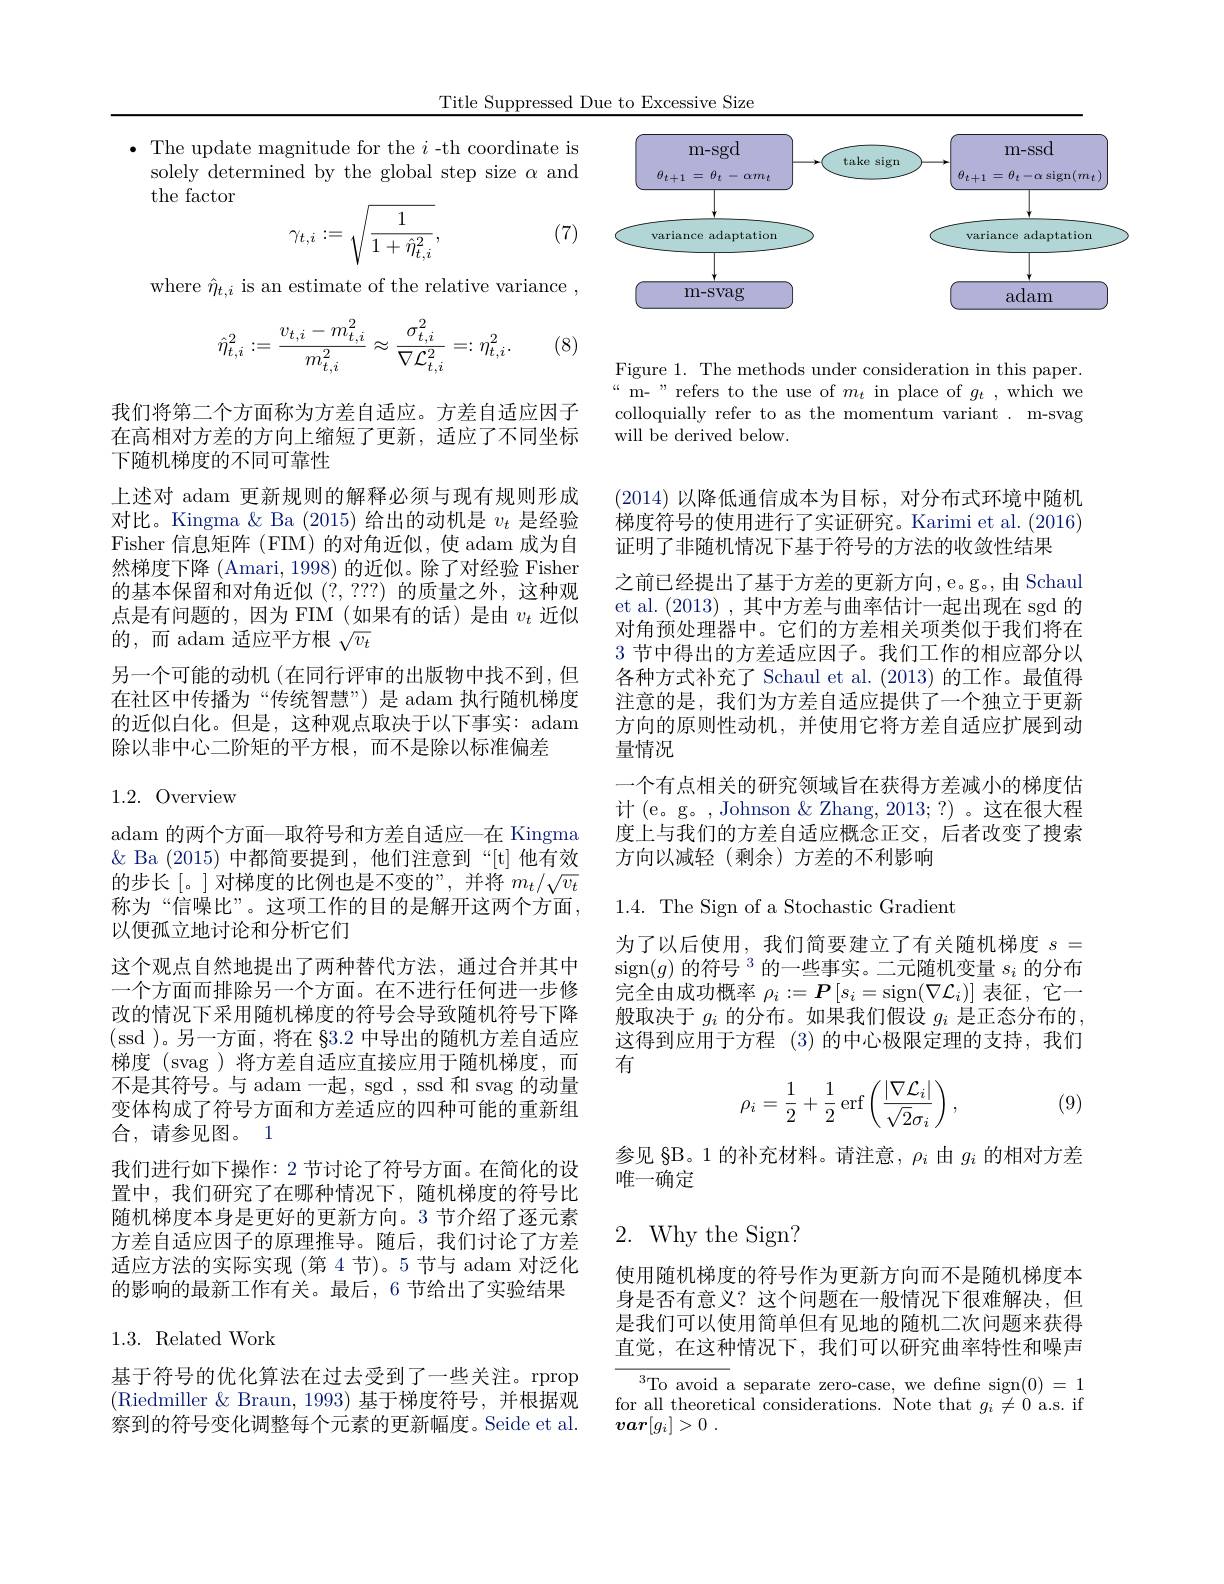
Title Suppressed Due to Excessive Size

$\bullet$ The update magnitude for the $i$ -th coordinate is
solely determined by the global step size $\alpha$ and
the factor
$$\gamma_{t,i}:=\sqrt{\frac{1}{1+\hat{\eta}_{t,i}^{2}}},$$
(7)

where $\hat{\eta}_{t,i}$ is an estimate of the relative variance ,
$$\hat{\eta}_{t,i}^2:=\frac{v_{t,i}-m_{t,i}^2}{m_{t,i}^2}\approx\frac{\sigma_{t,i}^2}{\nabla\mathcal{L}_{t,i}^2}=:\eta_{t,i}^2.$$
(8)

我们将第二个方面称为方差自适应。方差自适应因子在高相对方差的方向上缩短了更新，适应了不同坐标下随机梯度的不同可靠性
上述对 adam 更新规则的解释必须与现有规则形成对比。Kingma $\&$ Ba (2015)给出的动机是$v_t$是经验Fisher 信息矩阵 (FIM) 的对角近似，使 adam 成为自然梯度下降 (Amari, 1998) 的近似。除了对经验 Fisher 的基本保留和对角近似(?,???)的质量之外，这种观点是有问题的，因为 FIM(如果有的话)是由$v_t$近似的，而 adam 适应平方根$\sqrt v_t$
另一个可能的动机(在同行评审的出版物中找不到，但在社区中传播为“传统智慧”) 是 adam 执行随机梯度的近似白化。但是，这种观点取决于以下事实：adam 除以非中心二阶矩的平方根，而不是除以标准偏差

1.2.Overview

adam 的两个方面—取符号和方差自适应—在 Kingma & Ba (2015)中都简要提到，他们注意到“[t]他有效的步长[。]对梯度的比例也是不变的”,并将$m_t/\sqrt{v_t}$ 称为“信噪比”。这项工作的目的是解开这两个方面， 以便孤立地讨论和分析它们
这个观点自然地提出了两种替代方法，通过合并其中一个方面而排除另一个方面。在不进行任何进一步修改的情况下采用随机梯度的符号会导致随机符号下降(ssd )。另一方面，将在 §3.2 中导出的随机方差自适应梯度 (svag )将方差自适应直接应用于随机梯度，而不是其符号。与 adam 一起，sgd , ssd 和 svag 的动量变体构成了符号方面和方差适应的四种可能的重新组合，请参见图。1
我们进行如下操作：2 节讨论了符号方面。在简化的设置中，我们研究了在哪种情况下，随机梯度的符号比随机梯度本身是更好的更新方向。3 节介绍了逐元素方差自适应因子的原理推导。随后，我们讨论了方差适应方法的实际实现 (第 4 节)。5 节与 adam 对泛化的影响的最新工作有关。最后，6 节给出了实验结果

## 1.3. Related Work

基于符号的优化算法在过去受到了一些关注。rprop (Riedmiller $\&$ Braun,1993) 基于梯度符号，并根据观察到的符号变化调整每个元素的更新幅度。Seide et al.

<FigureHere>

Figure 1. The methods under consideration in this paper. $“$m- " refers to the use of $m_t$ in place of $g_t$,which we colloquially refer to as the momentum variant . m-svag will be derived below.

(2014)以降低通信成本为目标，对分布式环境中随机梯度符号的使用进行了实证研究。Karimi et al. (2016) 证明了非随机情况下基于符号的方法的收敛性结果
之前已经提出了基于方差的更新方向，e。g。,由 Schaul et al. (2013) ,其中方差与曲率估计一起出现在 sgd 的对角预处理器中。它们的方差相关项类似于我们将在3节中得出的方差适应因子。我们工作的相应部分以各种方式补充了 Schaul et al. (2013) 的工作。最值得注意的是，我们为方差自适应提供了一个独立于更新方向的原则性动机，并使用它将方差自适应扩展到动量情况
一个有点相关的研究领域旨在获得方差减小的梯度估$计($e。g。,Johnson&Zhang,2013;?)。这在很大程( 度上与我们的方差自适应概念正交，后者改变了搜索方向以减轻(剩余)方差的不利影响

1.4. The Sign of a Stochastic Gradient

为了以后使用，我们简要建立了有关随机梯度$s=$ sign$(g)\text{ 的符号 }^3$的一些事实。二元随机变量$s_i$的分布完全由成功概率$\rho_i:=\boldsymbol{P}\left[s_i=\operatorname{sign}(\nabla\mathcal{L}_i)\right]$表征，它一般取决于$g_i$的分布。如果我们假设$g_i$是正态分布的， 这得到应用于方程 (3)的中心极限定理的支持，我们有

(9)
$$\rho_i=\dfrac{1}{2}+\dfrac{1}{2}\operatorname{erf}\left(\dfrac{|\nabla\mathcal{L}_i|}{\sqrt{2}\sigma_i}\right),$$
参见 §B。1 的补充材料。请注意，$\rho_i$由$g_i$的相对方差
唯一确定

## 2. Why the Sign2

使用随机梯度的符号作为更新方向而不是随机梯度本身是否有意义？这个问题在一般情况下很难解决，但是我们可以使用简单但有见地的随机二次问题来获得直觉，在这种情况下，我们可以研究曲率特性和噪声

$\begin{array}{c}{^{3}\text{To avoid a separate zero-case, we define sign}(0)=1}\\{\text{for all theoretical considerations. Note that }g_{i}\neq0\mathrm{~a.s.~if}}\end{array}$
$var[ g_i] > 0$ .